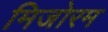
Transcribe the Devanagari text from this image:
मिजोरम